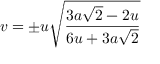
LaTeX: v = \pm u { \sqrt { \frac { 3 a { \sqrt { 2 } } - 2 u } { 6 u + 3 a { \sqrt { 2 } } } } }